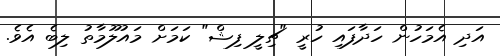
އަދި އެމަހުން ހަދާފައި ހުރީ "ޗިލީ ފިޝް" ކަމަށް މައުލޫމާތު ލިބެ އެވެ.